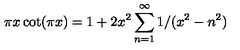
\pi x \cot ( \pi x ) = 1 + 2 x ^ { 2 } \sum _ { n = 1 } ^ { \infty } 1 / ( x ^ { 2 } - n ^ { 2 } )